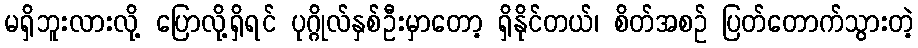
မရှိဘူးလားလို့ ပြောလို့ရှိရင် ပုဂ္ဂိုလ်နှစ်ဦးမှာတော့ ရှိနိုင်တယ်၊ စိတ်အစဉ် ပြတ်တောက်သွားတဲ့